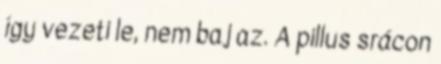
így vezeti le, nem baj az. A pillus srácon